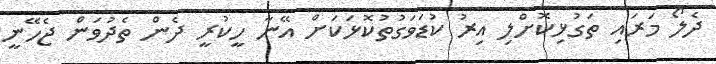
ދެލޯ މަރައި ތަގުޅިކޮށްލި އިރު ކުޑަވަގުތުކޮޅަކަށް އޭނާ ހީކުރީ ދެން ތެދުވަން ޖެހޭނީ